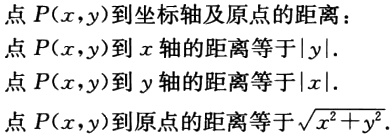
点\(P(x,y)\)到坐标轴及原点的距离：

点\(P(x,y)\)到\(x\)轴的距离等于\(\vert y\vert\).

点\(P(x,y)\)到\(y\)轴的距离等于\(\vert x\vert\).

点\(P(x,y)\)到原点的距离等于\(\sqrt{x^{2}+y^{2}}\).